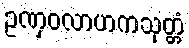
ဥဏှဝလာဟကသုတ္တံ